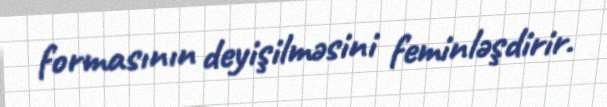
formasının deyişilməsini feminləşdirir.